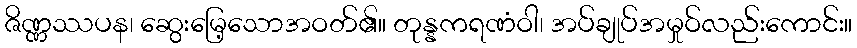
ဇိဏ္ဏဿပန၊ ဆွေးမြေ့သောအဝတ်၏။ တုန္နကရဏံဝါ၊ အပ်ချုပ်အမှုဝ်လည်းကောင်း။